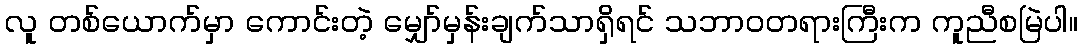
လူ တစ်ယောက်မှာ ကောင်းတဲ့ မျှော်မှန်းချက်သာရှိရင် သဘာဝတရားကြီးက ကူညီစမြဲပါ။